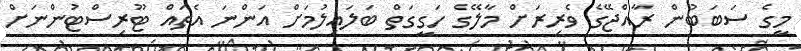
މީގެ ސަބަބުން ރާއްޖޭގެ ވެރިރަށް މާލޭގެ ހަގީގަތް ބަލައިލުމަށް އަންނަ އެތައް ޓޫރިސްޓުންނަށް